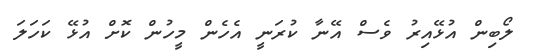
ލޯބިން އުޅޭއިރު ވެސް އޭނާ ކުރަނީ އެހެން މީހުން ކޮށް އުޅޭ ކަހަލަ